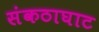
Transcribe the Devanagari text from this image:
संकठाघाट